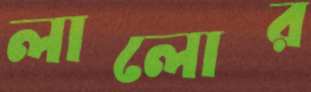
লালোর